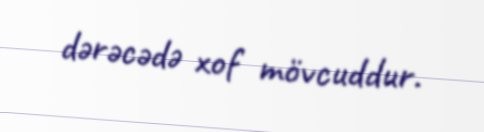
dərəcədə xof mövcuddur.